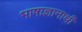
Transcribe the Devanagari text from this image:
भाषाज्ञानार्थी